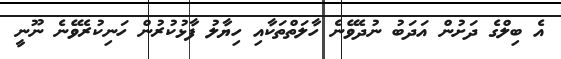
އެ ބިލްގެ ދަށުން އަދަބު ނުދެވޭނެ ހާލަތްތަކާއި ހިޔާލު ފާޅުކުރުން ހަނިކުރެވޭނެ ނޫނީ